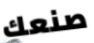
صنعك